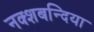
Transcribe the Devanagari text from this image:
नक्शबन्दिया